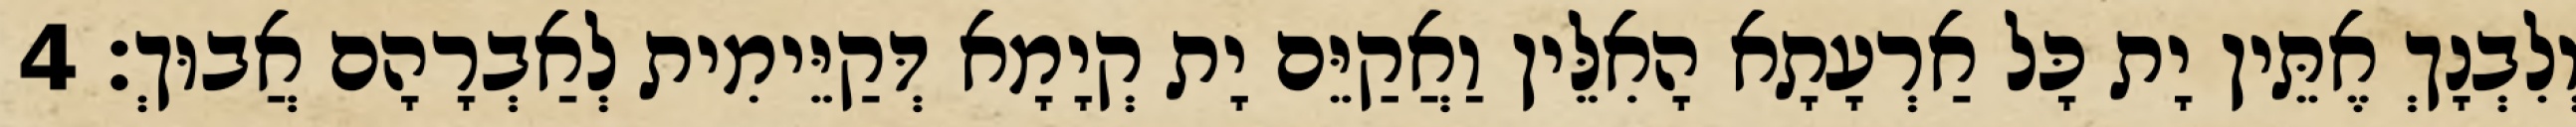
וְלִבְנָךְ אֶתֵּין יָת כָּל אַרְעָתָא הָאִלֵּין וַאֲקַיֵּם יָת קְיָמָא דְּקַיֵּימִית לְאַבְרָהָם אֲבוּךְ׃ 4